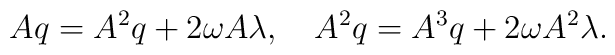
Aq=A^2q+{2\omega}A\lambda,   \quad A^2q=A^3q+{2\omega}A^2\lambda.